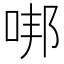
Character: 𠳐